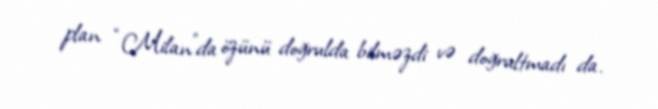
plan “Milan”da özünü doğrulda bilməzdi və doğrultmadı da.